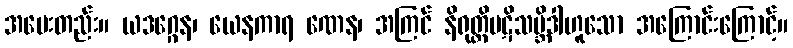
အမေးတည်း။ ယဒဂ္ဂေန၊ ယေနကာရ ဏေန၊ အကြင် နိရုတ္တိပဋိသမ္ဘိဒါဟူသော အကြောင်းကြောင့်။